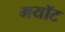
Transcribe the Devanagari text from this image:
मयॉट